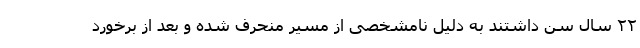
۲۲ سال سن داشتند به دلیل نامشخصی از مسیر منحرف شده و بعد از برخورد